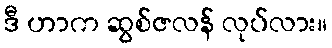
ဒီ ဟာက ဆွစ်ဇလန် လုပ်လား။